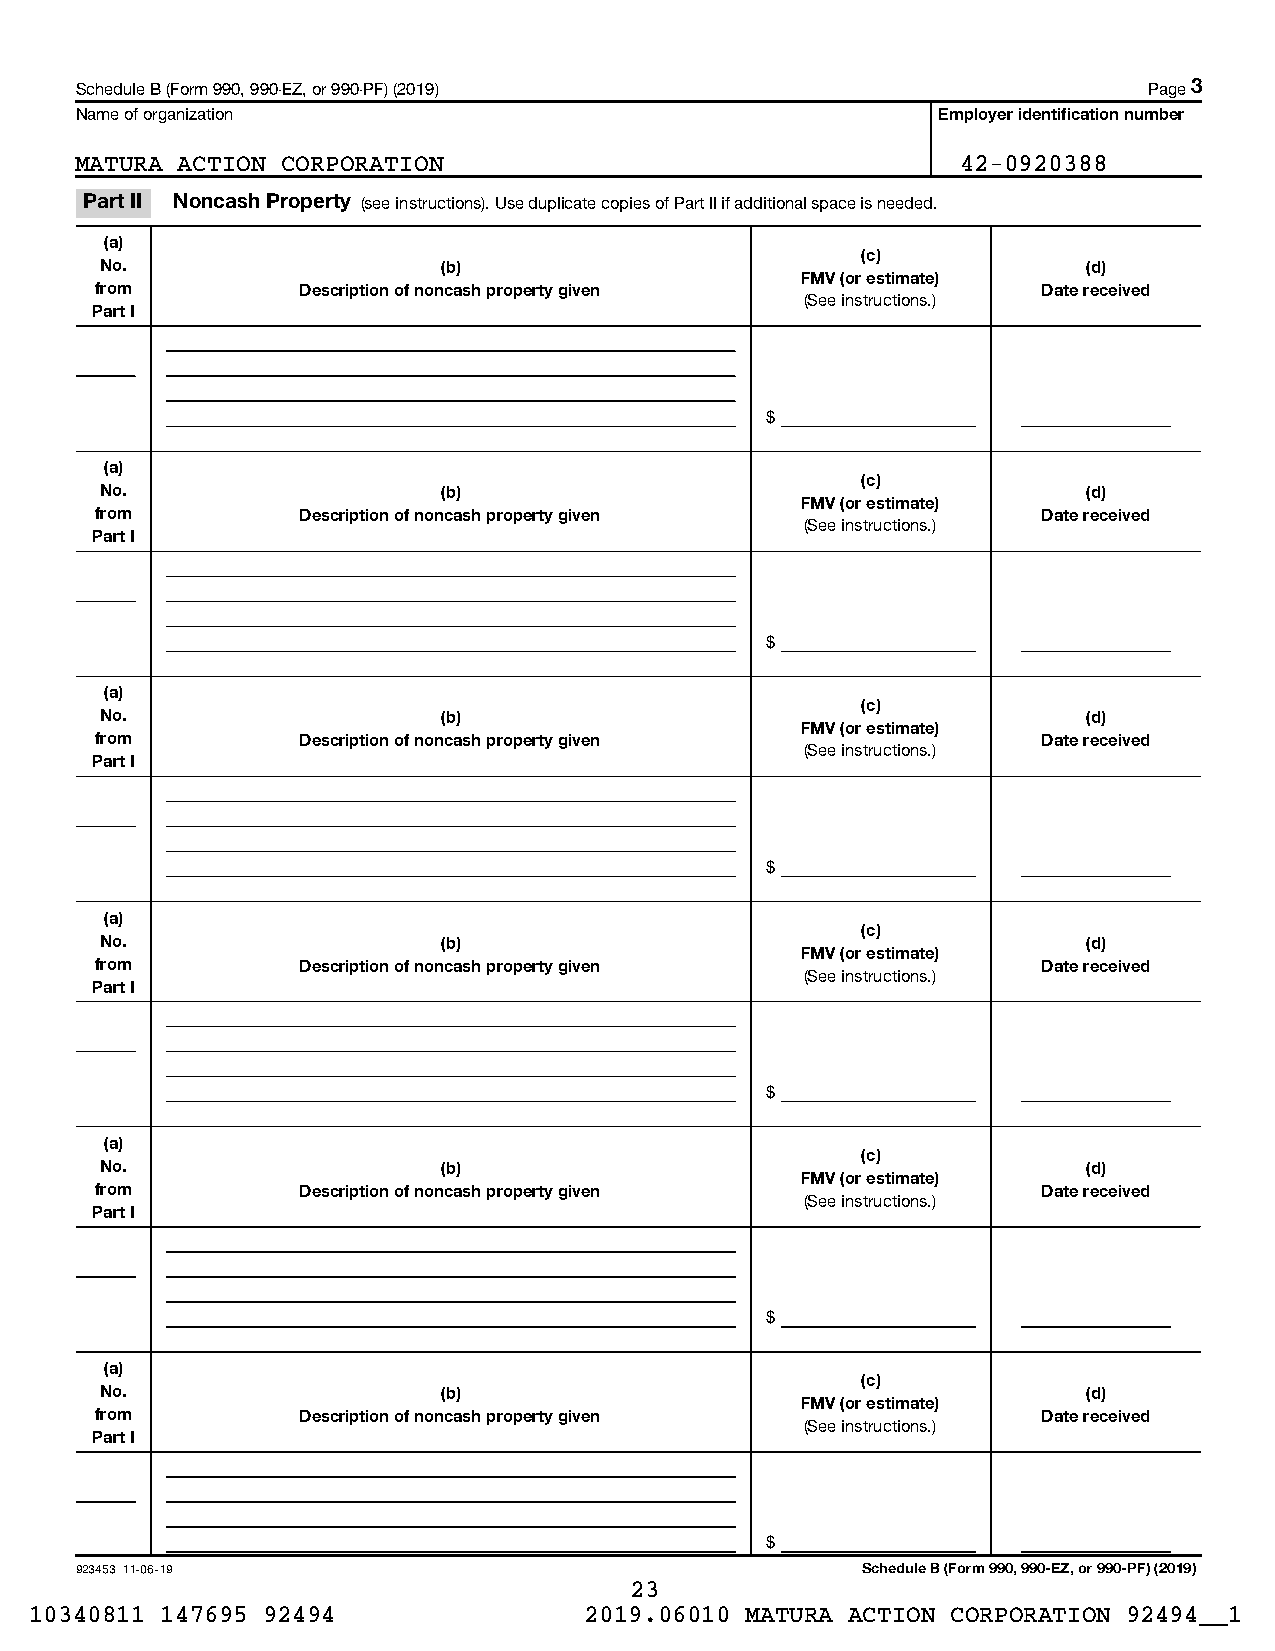
Schedule B (Form 990, 990-EZ, or 990-PF) (2019)                        Page 3
 Name of organization                                     Employer identification number
 MATURA ACTION CORPORATION                                  42-0920388
 Part II Noncash Property (see instructions). Use duplicate copies of Part II if additional space is needed.
 (a)
 (c)
 No.                   (b)                                        (d)
 FMV (or estimate)
 from          Description of noncash property given            Date received
 (See instructions.)
 Part I
 $
 (a)
 (c)
 No.                   (b)                                        (d)
 FMV (or estimate)
 from          Description of noncash property given            Date received
 (See instructions.)
 Part I
 $
 (a)
 (c)
 No.                   (b)                                        (d)
 FMV (or estimate)
 from          Description of noncash property given            Date received
 (See instructions.)
 Part I
 $
 (a)
 (c)
 No.                   (b)                                        (d)
 FMV (or estimate)
 from          Description of noncash property given            Date received
 (See instructions.)
 Part I
 $
 (a)
 (c)
 No.                   (b)                                        (d)
 FMV (or estimate)
 from          Description of noncash property given            Date received
 (See instructions.)
 Part I
 $
 (a)
 (c)
 No.                   (b)                                        (d)
 FMV (or estimate)
 from          Description of noncash property given            Date received
 (See instructions.)
 Part I
 $
 923453 11-06-19                                     Schedule B (Form 990, 990-EZ, or 990-PF) (2019)
 23
 10340811 147695 92494                2019.06010 MATURA ACTION CORPORATION 92494__1